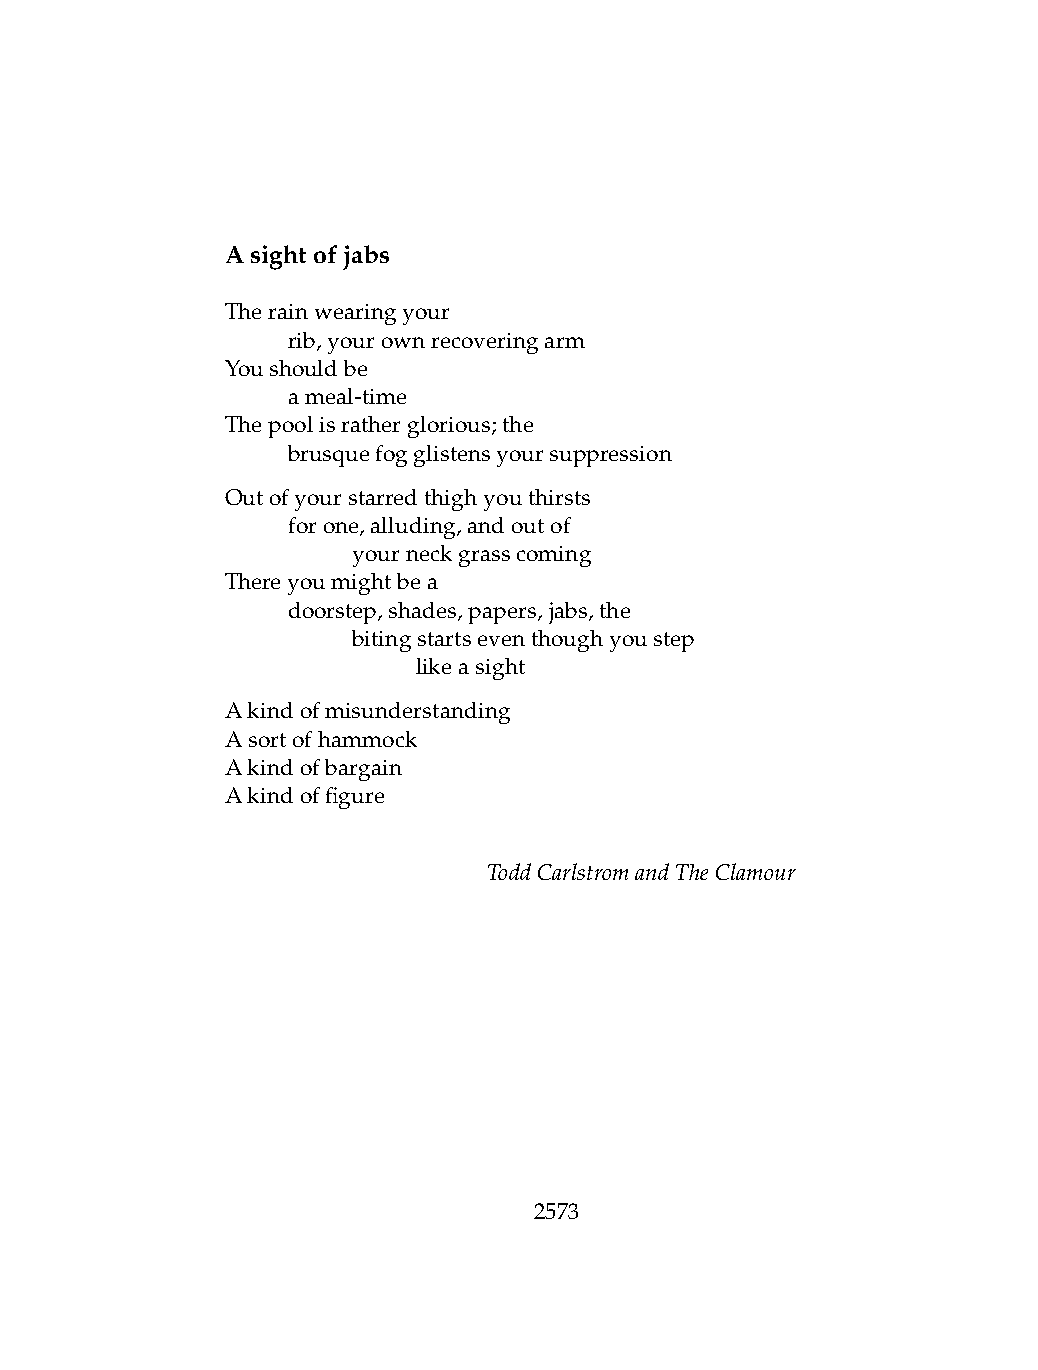
Asightofjabs
 Therainwearingyour
 .   rib,yourownrecoveringarm
 Youshouldbe
 .   ameal-time
 Thepoolisratherglorious;the
 .   brusquefogglistensyoursuppression
 Outofyourstarredthighyouthirsts
 .   forone,alluding,andoutof
 .   .   yourneckgrasscoming
 Thereyoumightbea
 .   doorstep,shades,papers,jabs,the
 .   .   bitingstartseventhoughyoustep
 .   .   .    likeasight
 Akindofmisunderstanding
 Asortofhammock
 Akindofbargain
 Akindoffigure
 ToddCarlstromandTheClamour
 2573